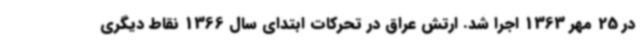
در 25 مهر 1363 اجرا شد. ارتش عراق در تحرکات ابتدای سال 1366 نقاط دیگری